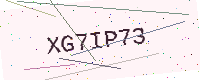
Text: XG7IP73